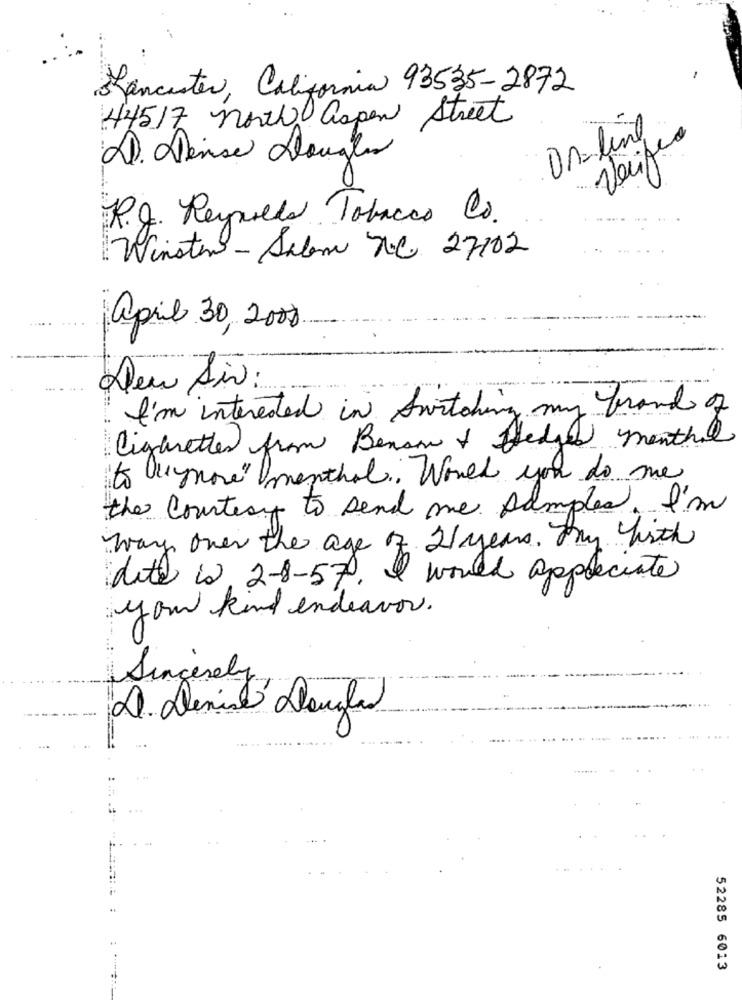
-
Rancester, California 93535-2872
44517 north aspen Street
On-line
Verifie
DI. Dense Douglas
R.O. Reyulla Tobacco Co.
Winston-Salem n.C 27102
april 30 2008
Deu Air
I'm interested in Switching my brand of
Cigaretter from Benson & fledged menthal
to anymore" menthal. Would you do me
the Country to send me samples. I'm
way over the age of 2years. Any Wirth
dette is 2-8-57, I would appreciate
your kind endeavor.
Sincerely
-
D. Denise Douglas
.......
52285 6013